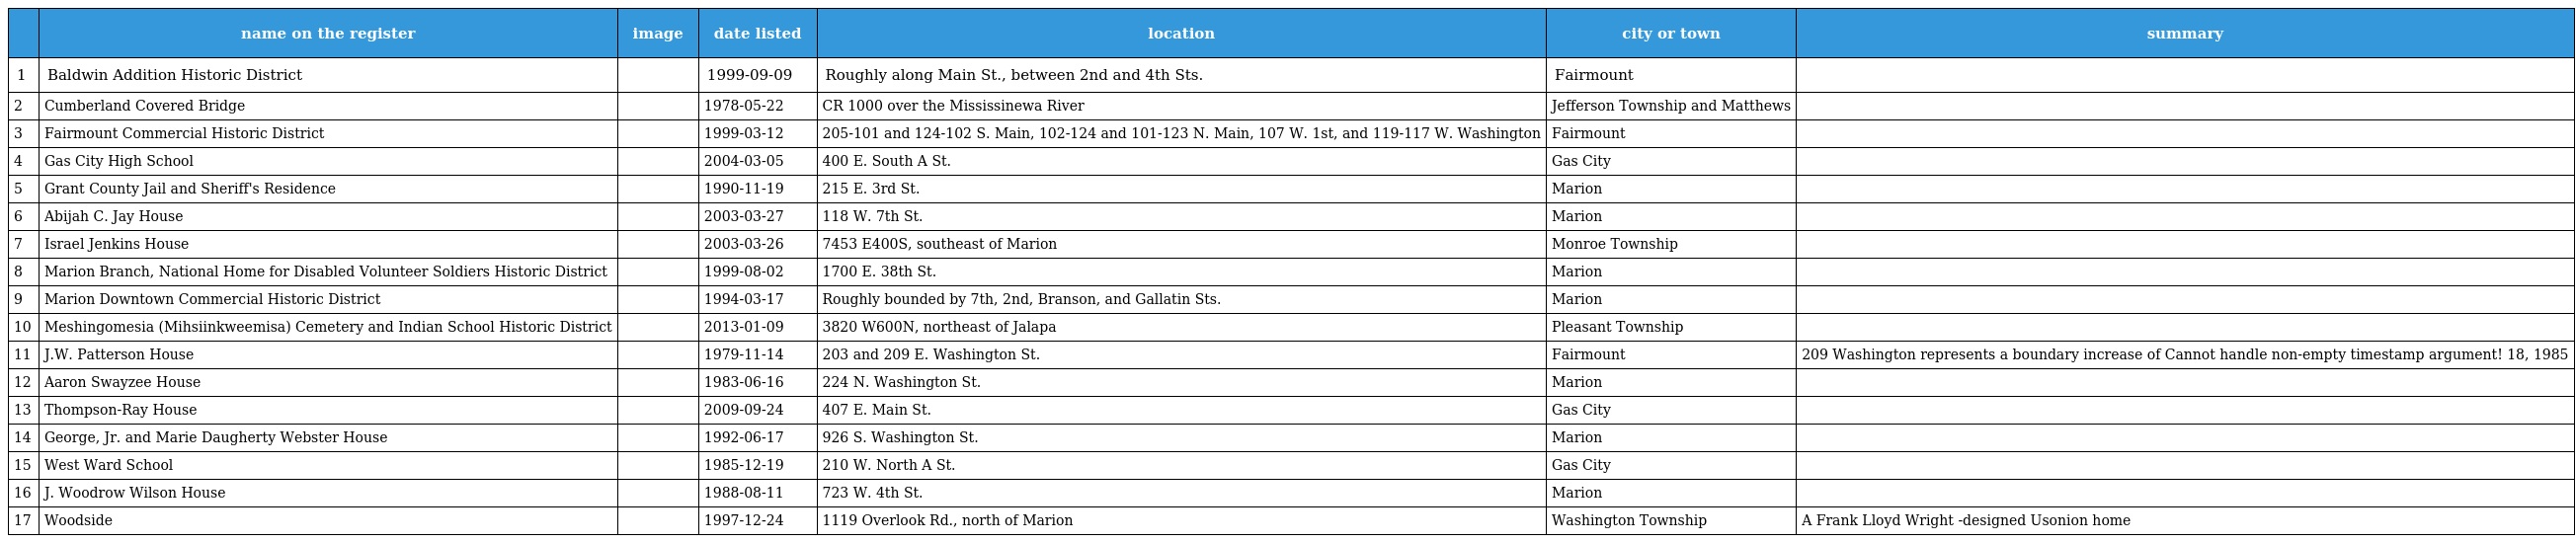
|  | name on the register | image | date listed | location | city or town | summary |
 | --- | --- | --- | --- | --- | --- | --- |
 | 1 | Baldwin Addition Historic District |  | 1999-09-09 | Roughly along Main St., between 2nd and 4th Sts. | Fairmount |  |
 | 2 | Cumberland Covered Bridge |  | 1978-05-22 | CR 1000 over the Mississinewa River | Jefferson Township and Matthews |  |
 | 3 | Fairmount Commercial Historic District |  | 1999-03-12 | 205-101 and 124-102 S. Main, 102-124 and 101-123 N. Main, 107 W. 1st, and 119-117 W. Washington | Fairmount |  |
 | 4 | Gas City High School |  | 2004-03-05 | 400 E. South A St. | Gas City |  |
 | 5 | Grant County Jail and Sheriff's Residence |  | 1990-11-19 | 215 E. 3rd St. | Marion |  |
 | 6 | Abijah C. Jay House |  | 2003-03-27 | 118 W. 7th St. | Marion |  |
 | 7 | Israel Jenkins House |  | 2003-03-26 | 7453 E400S, southeast of Marion | Monroe Township |  |
 | 8 | Marion Branch, National Home for Disabled Volunteer Soldiers Historic District |  | 1999-08-02 | 1700 E. 38th St. | Marion |  |
 | 9 | Marion Downtown Commercial Historic District |  | 1994-03-17 | Roughly bounded by 7th, 2nd, Branson, and Gallatin Sts. | Marion |  |
 | 10 | Meshingomesia (Mihsiinkweemisa) Cemetery and Indian School Historic District |  | 2013-01-09 | 3820 W600N, northeast of Jalapa | Pleasant Township |  |
 | 11 | J.W. Patterson House |  | 1979-11-14 | 203 and 209 E. Washington St. | Fairmount | 209 Washington represents a boundary increase of Cannot handle non-empty timestamp argument! 18, 1985 |
 | 12 | Aaron Swayzee House |  | 1983-06-16 | 224 N. Washington St. | Marion |  |
 | 13 | Thompson-Ray House |  | 2009-09-24 | 407 E. Main St. | Gas City |  |
 | 14 | George, Jr. and Marie Daugherty Webster House |  | 1992-06-17 | 926 S. Washington St. | Marion |  |
 | 15 | West Ward School |  | 1985-12-19 | 210 W. North A St. | Gas City |  |
 | 16 | J. Woodrow Wilson House |  | 1988-08-11 | 723 W. 4th St. | Marion |  |
 | 17 | Woodside |  | 1997-12-24 | 1119 Overlook Rd., north of Marion | Washington Township | A Frank Lloyd Wright -designed Usonion home |